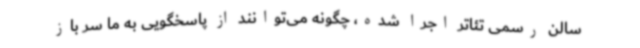
سالن رسمی تئاتر اجرا شده، چگونه می‌توانند از پاسخگویی به ما سر باز